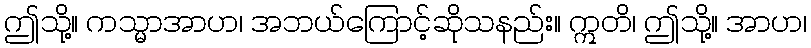
ဤသို့။ ကသ္မာအာဟ၊ အဘယ်ကြောင့်ဆိုသနည်း။ ဣတိ၊ ဤသို့။ အာဟ၊